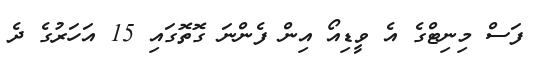
ފަސް މިނިޓްގެ އެ ވީޑިއޯ އިން ފެންނަ ގޮތޮގައި 15 އަހަރުގެ ދެ